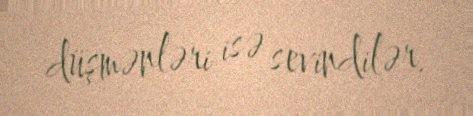
düşmənləri isə sevindilər.